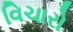
વિચારો